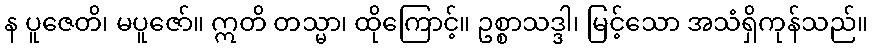
န ပူဇေတိ၊ မပူဇော်။ ဣတိ တသ္မာ၊ ထိုကြောင့်။ ဥစ္စာသဒ္ဒါ၊ မြင့်သော အသံရှိကုန်သည်။